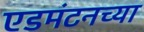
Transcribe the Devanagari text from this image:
एडमंटनच्या